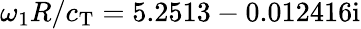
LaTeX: \omega_{1}R/c_{\mathrm{T}}=5.2513-0.012416\mathrm{i}